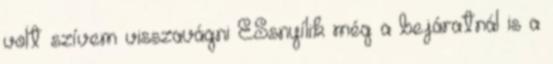
volt szívem visszavágni ÉSsnyílik még a bejáratnál is a